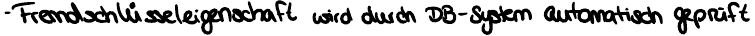
- Fremdschlüsseleigenschaft wird durch DB-System automatisch geprüft